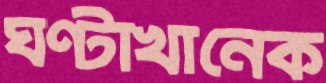
ঘণ্টাখানেক